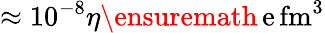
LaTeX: \approx 10^{-8}\eta\ensuremath{\, \mathrm{e\, fm^{3}}}